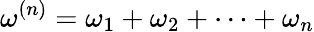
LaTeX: \omega^{(n)}=\omega_{1}+\omega_{2}+\cdots+\omega_{n}